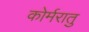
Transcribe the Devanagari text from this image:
कोर्मरातु